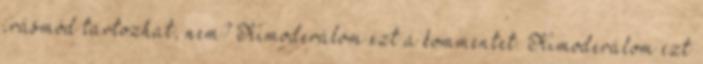
írásmód tartozhat, nem? Kimoderálom ezt a kommentet. Kimoderálom ezt